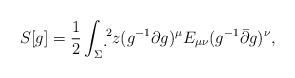
LaTeX: \begin{align*}S_{}[g]=\frac{1}{2}\int_{\Sigma}\d {}^2z (g^{-1}\partial g)^\mu E_{\mu\nu} (g^{-1}\bar{\partial}g)^\nu,\end{align*}